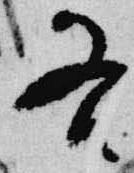
各